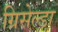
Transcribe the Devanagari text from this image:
ग्रिसेल्डा